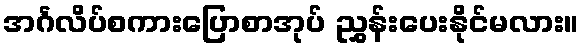
အင်္ဂလိပ်စကားပြောစာအုပ် ညွှန်းပေးနိုင်မလား။